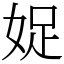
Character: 娖